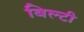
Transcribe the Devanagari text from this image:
बिल्टी